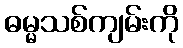
ဓမ္မသစ်ကျမ်းကို